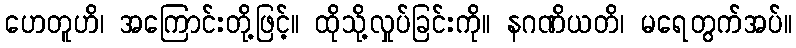
ဟေတူဟိ၊ အကြောင်းတို့ဖြင့်။ ထိုသို့လှုပ်ခြင်းကို။ နဂဏိယတိ၊ မရေတွက်အပ်။